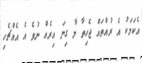
އެކަމަކު އެ ރުއްތައް ޖެހިތާ މާ ގިނަ އިރެއް ނުވެ އެ އެއްޗެހި